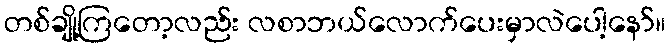
တစ်ချို့ကြတော့လည်း လစာဘယ်လောက်ပေးမှာလဲပေါ့နော်။